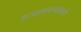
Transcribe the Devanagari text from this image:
रूपरसगन्धात्मने